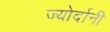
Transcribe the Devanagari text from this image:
ज्योर्दानी